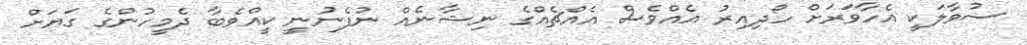
ސުވާލަކީ އެހާވަރަށް ހޯދިއިރު އެއްވެސް އެއްޗެއްގެ ނިޝާނެއް ނުފެނުނީ ކީއްވެބާ ދެމީހުންގެ ގަޔަށް